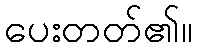
ပေးတတ်၏။